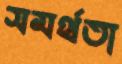
সমর্থতা